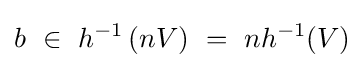
b~\in ~h^{-1}\left(nV\right)~=~nh^{-1}(V)